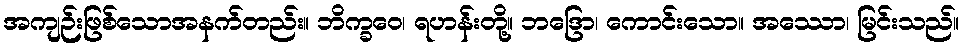
အကျဉ်းဖြစ်သောအနက်တည်း။ ဘိက္ခဝေ၊ ရဟန်းတို့။ ဘဒြော၊ ကောင်းသော။ အဿော၊ မြင်းသည်။